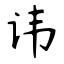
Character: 讳